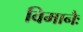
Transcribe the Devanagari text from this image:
विमानैः